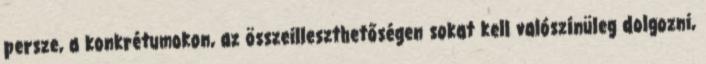
persze, a konkrétumokon, az összeilleszthetőségen sokat kell valószínüleg dolgozni,